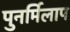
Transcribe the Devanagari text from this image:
पुनर्मिलाप